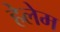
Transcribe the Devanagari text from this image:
हेलेम